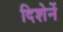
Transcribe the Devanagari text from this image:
दिशेनें